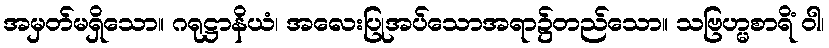
အမှတ်မရှိသော။ ဂရုဋ္ဌာနိယံ၊ အလေးပြုအပ်သောအရာ၌တည်သော။ သဗြဟ္မစာရိံ ဝါ၊